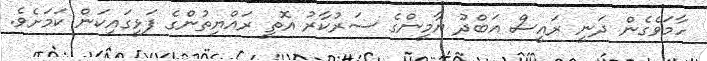
ހާމަވެގެން ދަނީ ރައީސް އަބްދު ޔާމީންގެ ސަރުކާރު އޮތީ ރައްޔިތުންގެ ފަޅީގައިކަން ކަމަށެވެ.